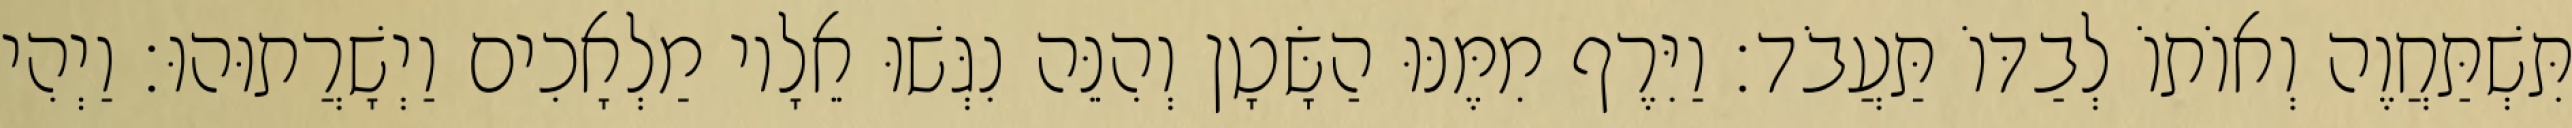
תִּשְׁתַּחֲוֶה וְאוֹתוֹ לְבַדּוֹ תַּעֲבֹד׃ וַיִּרֶף מִמֶּנּוּ הַשָּׂטָן וְהִנֵּה נִגְּשׁוּ אֵלָיו מַלְאָכִים וַיְשָׁרֲתוּהוּ׃ וַיְהִי